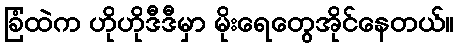
ခြံထဲက ဟိုဟိုဒီဒီမှာ မိုးရေတွေအိုင်နေတယ်။